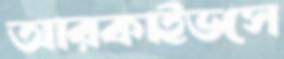
আরকাইভসে